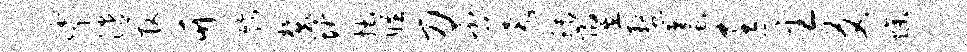
挲漶管竹饰麓圻拙瞠刀否靠稻翌螯蜃匡主爻燥